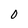
Character: 0